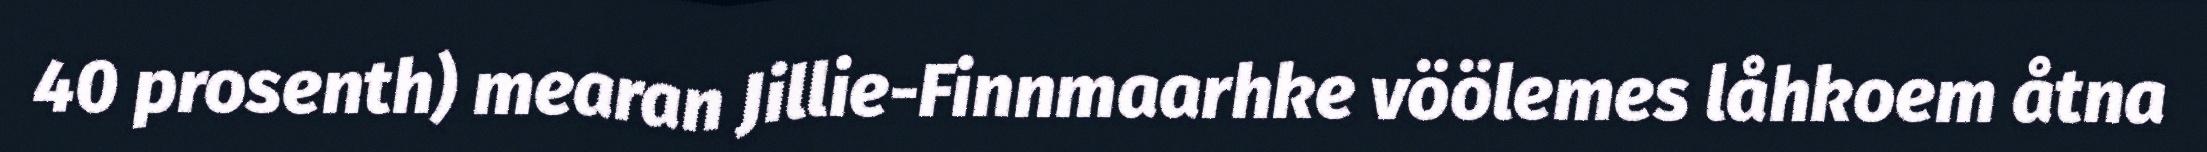
40 prosenth) mearan Jillie-Finnmaarhke vöölemes låhkoem åtna